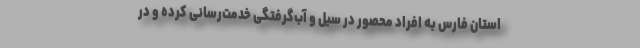
استان فارس به افراد محصور در سیل و آب‌گرفتگی خدمت‌رسانی کرده‌ و در